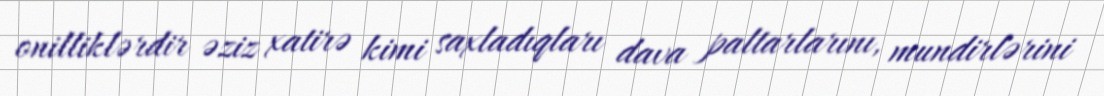
onilliklərdir əziz xatirə kimi saxladıqları dava paltarlarını, mundirlərini